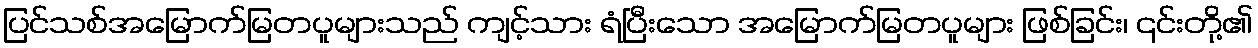
ပြင်သစ်အမြောက်မြတပူများသည် ကျင့်သား ရံပြီးသော အမြောက်မြတပူများ ဖြစ်ခြင်း၊ ၎င်းတို့၏